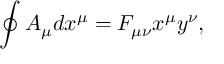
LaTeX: \oint A _ { \mu } d x ^ { \mu } = F _ { \mu \nu } x ^ { \mu } y ^ { \nu } ,